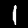
Digit: 1